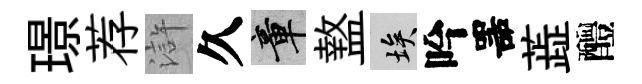
璟荐滸久章盩埃吟噐蕋醴